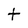
Character: t